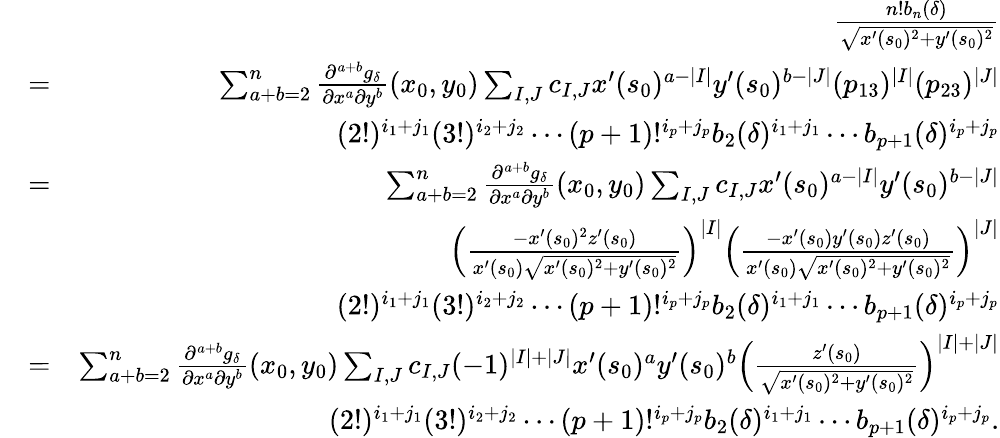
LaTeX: \begin{array}{rlr}&{}&{\frac{n!b_{n}(\delta)}{\sqrt{x^{\prime}(s_{0})^{2}+y^{\prime}(s_{0})^{2}}}}\\ &{=}&{\sum_{a+b=2}^{n}\frac{\partial^{a+b}g_{\delta}}{\partial x^{a}\partial y^{b}}(x_{0},y_{0})\sum_{I,J}c_{I,J}x^{\prime}(s_{0})^{a-|I|}y^{\prime}(s_{0})^{b-|J|}(p_{13})^{|I|}(p_{23})^{|J|}}\\ &{}&{(2!)^{i_{1}+j_{1}}(3!)^{i_{2}+j_{2}}\cdots(p+1)!^{i_{p}+j_{p}}b_{2}(\delta)^{i_{1}+j_{1}}\cdots b_{p+1}(\delta)^{i_{p}+j_{p}}}\\ &{=}&{\sum_{a+b=2}^{n}\frac{\partial^{a+b}g_{\delta}}{\partial x^{a}\partial y^{b}}(x_{0},y_{0})\sum_{I,J}c_{I,J}x^{\prime}(s_{0})^{a-|I|}y^{\prime}(s_{0})^{b-|J|}}\\ &{}&{\left(\frac{-x^{\prime}(s_{0})^{2}z^{\prime}(s_{0})}{x^{\prime}(s_{0})\sqrt{x^{\prime}(s_{0})^{2}+y^{\prime}(s_{0})^{2}}}\right)^{|I|}\left(\frac{-x^{\prime}(s_{0})y^{\prime}(s_{0})z^{\prime}(s_{0})}{x^{\prime}(s_{0})\sqrt{x^{\prime}(s_{0})^{2}+y^{\prime}(s_{0})^{2}}}\right)^{|J|}}\\ &{}&{(2!)^{i_{1}+j_{1}}(3!)^{i_{2}+j_{2}}\cdots(p+1)!^{i_{p}+j_{p}}b_{2}(\delta)^{i_{1}+j_{1}}\cdots b_{p+1}(\delta)^{i_{p}+j_{p}}}\\ &{=}&{\sum_{a+b=2}^{n}\frac{\partial^{a+b}g_{\delta}}{\partial x^{a}\partial y^{b}}(x_{0},y_{0})\sum_{I,J}c_{I,J}(-1)^{|I|+|J|}x^{\prime}(s_{0})^{a}y^{\prime}(s_{0})^{b}\left(\frac{z^{\prime}(s_{0})}{\sqrt{x^{\prime}(s_{0})^{2}+y^{\prime}(s_{0})^{2}}}\right)^{|I|+|J|}}\\ &{}&{(2!)^{i_{1}+j_{1}}(3!)^{i_{2}+j_{2}}\cdots(p+1)!^{i_{p}+j_{p}}b_{2}(\delta)^{i_{1}+j_{1}}\cdots b_{p+1}(\delta)^{i_{p}+j_{p}}.}\end{array}